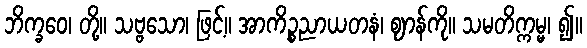
ဘိက္ခဝေ၊ တို့။ သဗ္ဗသော၊ ဖြင့်။ အာကိဉ္စညာယတနံ၊ ဈာန်ကို။ သမတိက္ကမ္မ၊ ၍။